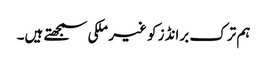
ہم ترک برانڈز کو غیر ملکی سمجھتے ہیں۔